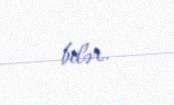
bilər.